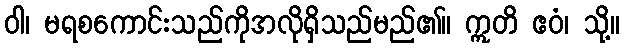
ဝါ၊ မရစကောင်းသည်ကိုအလိုရှိသည်မည်၏။ ဣတိ ဧဝံ၊ သို့။